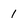
Character: 1